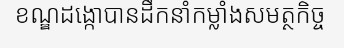
ខណ្ឌដង្កោបានដឹកនាំកម្លាំងសមត្ថកិច្ច